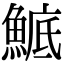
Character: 鯳